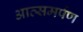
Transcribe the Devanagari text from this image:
आत्समर्पण